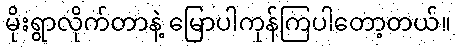
မိုးရွာလိုက်တာနဲ့ မြောပါကုန်ကြပါတော့တယ်။